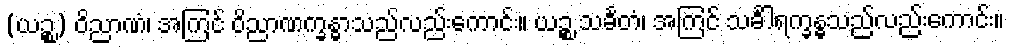
(ယဉ္စ) ဝိညာဏံ၊ အကြင် ဝိညာဏက္ခန္ဓာသည်လည်းကောင်း။ ယဉ္စ သင်္ခတံ၊ အကြင် သင်္ခါရက္ခန္ဓသည်လည်းကောင်း။